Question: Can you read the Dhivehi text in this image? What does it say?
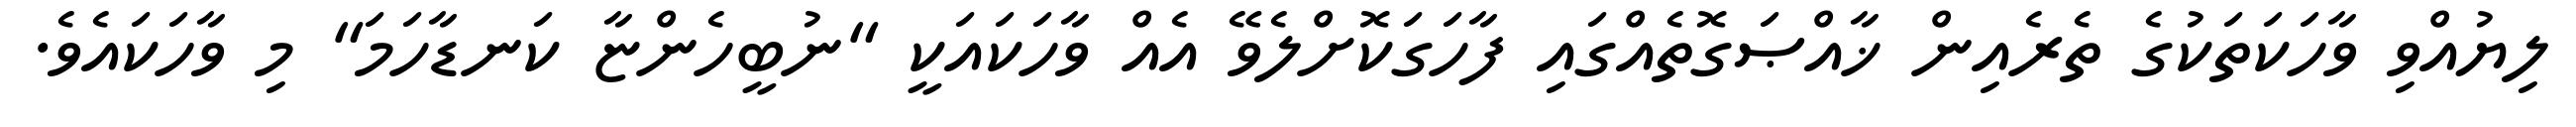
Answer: ލިޔުއްވި ވާހަކަތަކުގެ ތެރެއިން ޚާއްޞަގޮތެއްގައި ފާހަގަކޮށްލެވޭ އެއް ވާހަކައަކީ "ނުބީހެންޏާ ކަނޑާހަމަ" މި ވާހަކައެވެ.